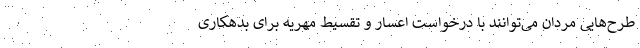
طرح‌هایی مردان می‌توانند با درخواست اعسار و تقسیط مهریه برای بدهکاری